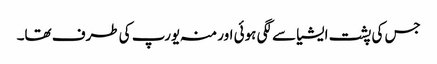
جس کی پشت ایشیا سے لگی ہوئی اور منہ یورپ کی طرف تھا۔